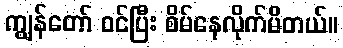
ကျွန်တော် ဝင်ပြီး စိမ်နေလိုက်မိတယ်။